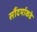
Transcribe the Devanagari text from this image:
सौंदर्याकडे